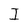
Character: I